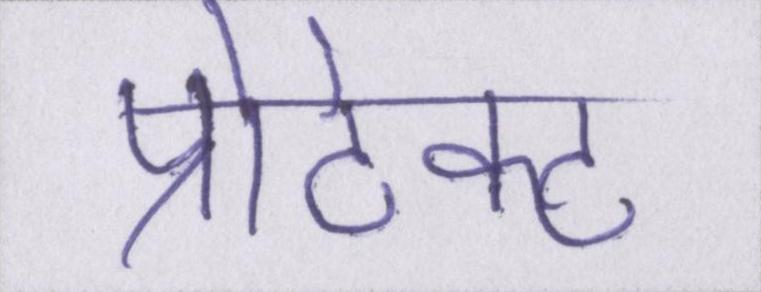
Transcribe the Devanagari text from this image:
प्रोटेक्ट